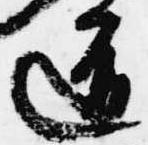
道